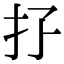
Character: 𢩯